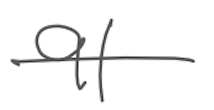
Text: 91
Cross-out: single-line
Writing tool: digital_gray